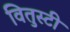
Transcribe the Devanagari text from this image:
वितुस्टी